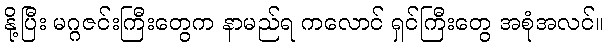
နို့ပြီး မဂ္ဂဇင်းကြီးတွေက နာမည်ရ ကလောင် ရှင်ကြီးတွေ အစုံအလင်။